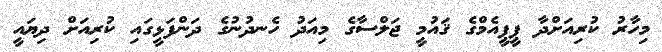
މިހާރު ކުރިއަށްދާ ޕީޕީއެމްގެ ޤައުމީ ޖަލްސާގެ މިއަދު ހެނދުނުގެ ދަންފަޅީގައި ކުރިއަށް ދިޔައީ